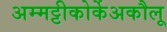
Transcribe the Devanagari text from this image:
अम्मट्टीकोर्केअकौलू